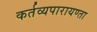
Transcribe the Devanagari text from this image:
कर्तव्यपारायण्ता